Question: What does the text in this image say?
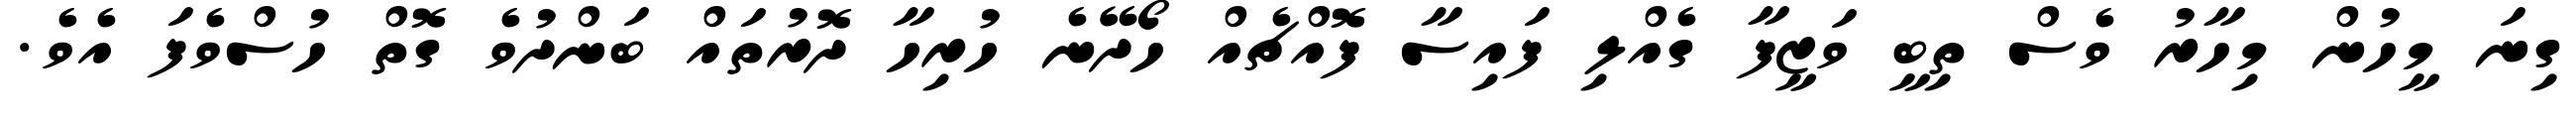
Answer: ގިނަ މީހުން މިހާރު ވެސް ތިބީ ވަޒީފާ ގެއްލި ފައިސާ ފޮއްޗެއް ހޯދޭނެ ހުރިހާ ދޮރުތައް ބަންދުވެ ގޮތް ހުސްވެފަ އެވެ.